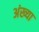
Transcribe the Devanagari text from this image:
अंख्या